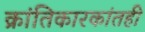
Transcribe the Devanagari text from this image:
क्रांतिकारकांतही